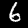
Digit: 6